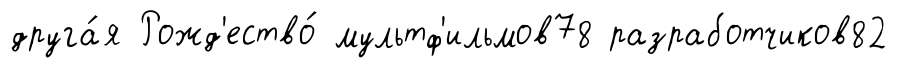
друга́я Рожд'ество́ мультф'ильмов78 разработчиков82